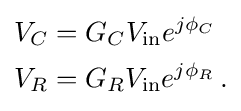
{\begin{aligned}V_{C}&=G_{C}V_{\mathrm {in} }e^{j\phi _{C}}\\V_{R}&=G_{R}V_{\mathrm {in} }e^{j\phi _{R}}\,.\end{aligned}}